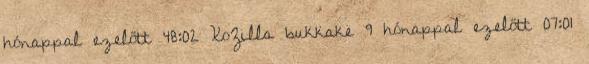
hónappal ezelőtt 48:02 XoZilla bukkake 9 hónappal ezelőtt 07:01